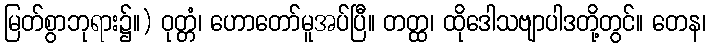
မြတ်စွာဘုရား၌။) ဝုတ္တံ၊ ဟောတော်မူအပ်ပြီ။ တတ္ထ၊ ထိုဒေါသဗျာပါဒတို့တွင်။ တေန၊